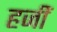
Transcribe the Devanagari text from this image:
हजीं